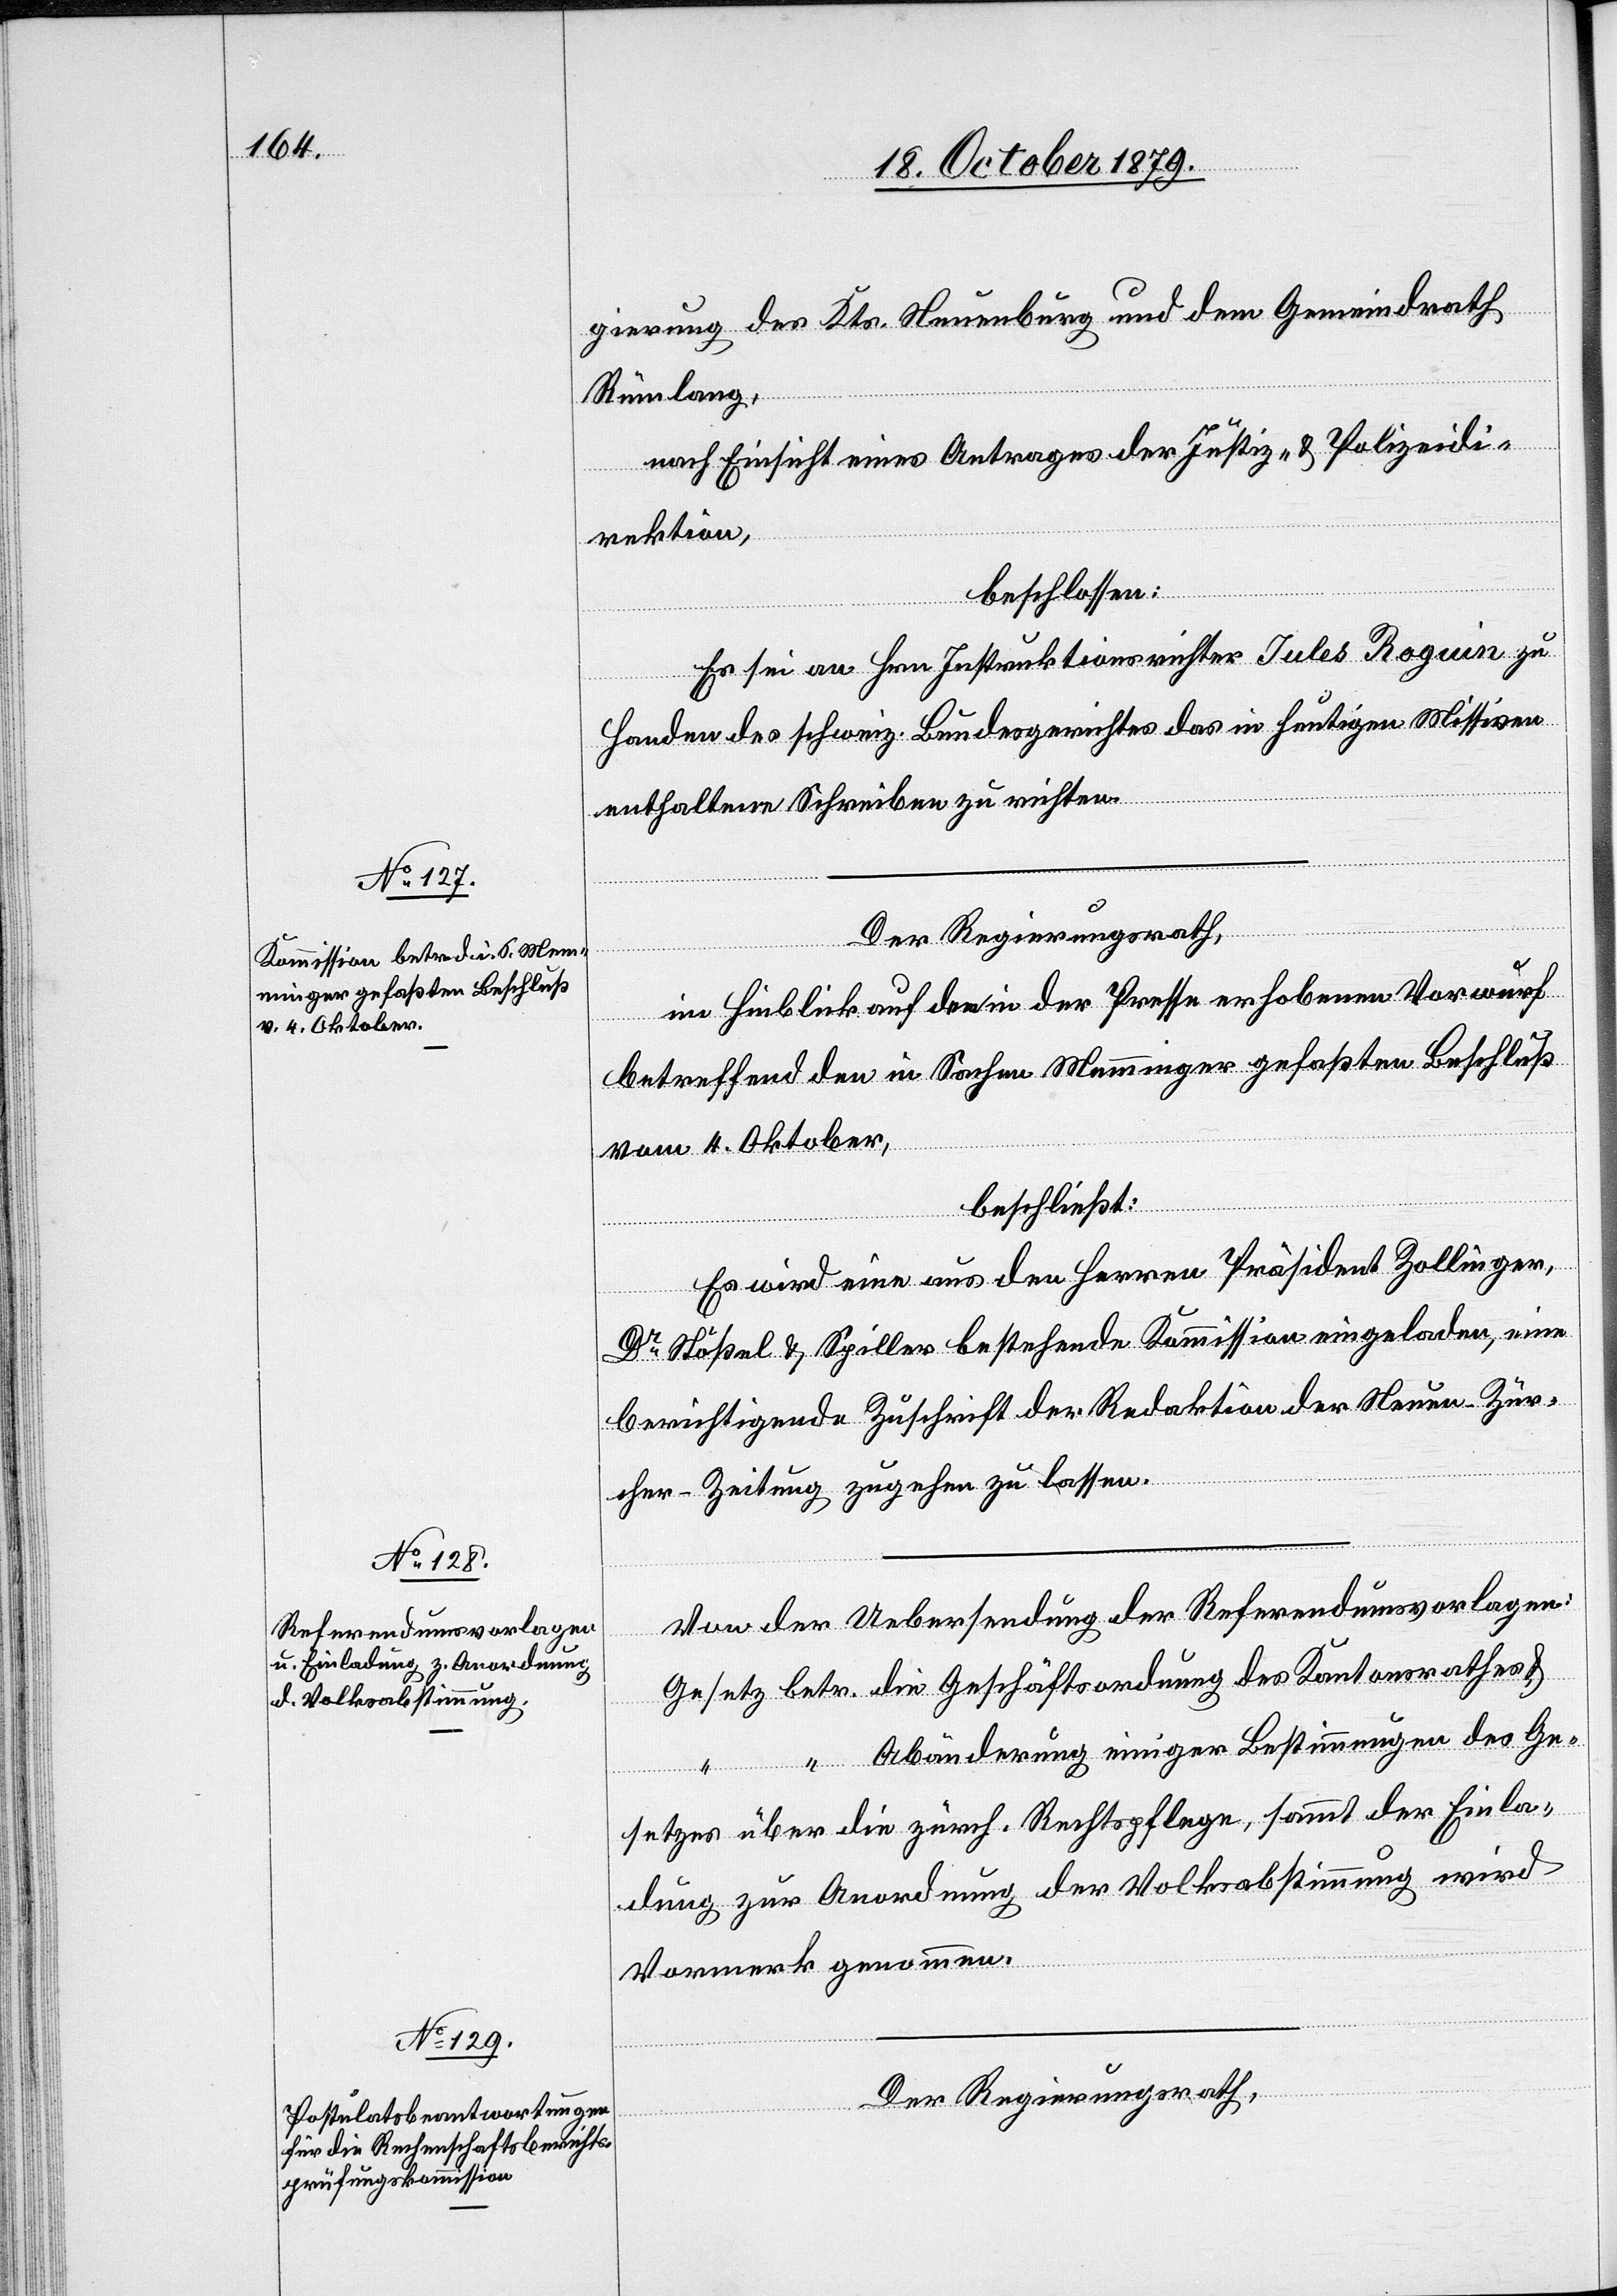
gierung des Kts. Neuenburg und dem Gemeindrath
Rümlang,
nach Einsicht eines Antrages der Justiz- & Polizeidi¬
rektion,
beschlossen:
Es sei an Hrn. Instrucktionsrichter Jules Roguin zu
Handen des schweiz. Bundesgerichtes das in heutigen Missiven
enthaltene Schreiben zu richten.
Der Regierungsrath
im Hinblick auf den in der Presse erhobenen Vorwurf
betreffend den in Sachen Memminger gefaßten Beschluß
vom 4. Oktober,
beschließt:
Es wird eine aus den Herren Präsident Zollinger,
Dr Stößel & Spiller bestehende Kommission eingeladen, eine
berichtigende Zuschrift der Redaktion der Neuen-Zür¬
cher-Zeitung zugehen zu lassen.
Von der Uebersendung der Referendumsvorlagen:
Gesetz betr. die Geschäftsordnung des Kantonsrathes &
“	 Abänderung einiger Bestimmungen des Ge¬
setzes über die zürch. Rechtspflege, sammt der Einla¬
dung zu Anordnung der Volksabstimmung wird
Vormerk genommen.
Der Regierungsrath,